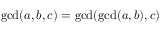
\operatorname* { g c d } ( a , b , c ) = \operatorname* { g c d } ( \operatorname* { g c d } ( a , b ) , c )